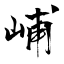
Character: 峬